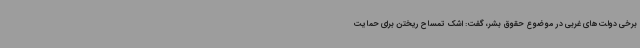
برخی دولت‌های غربی در موضوع حقوق بشر، گفت: اشک تمساح ریختن برای حمایت